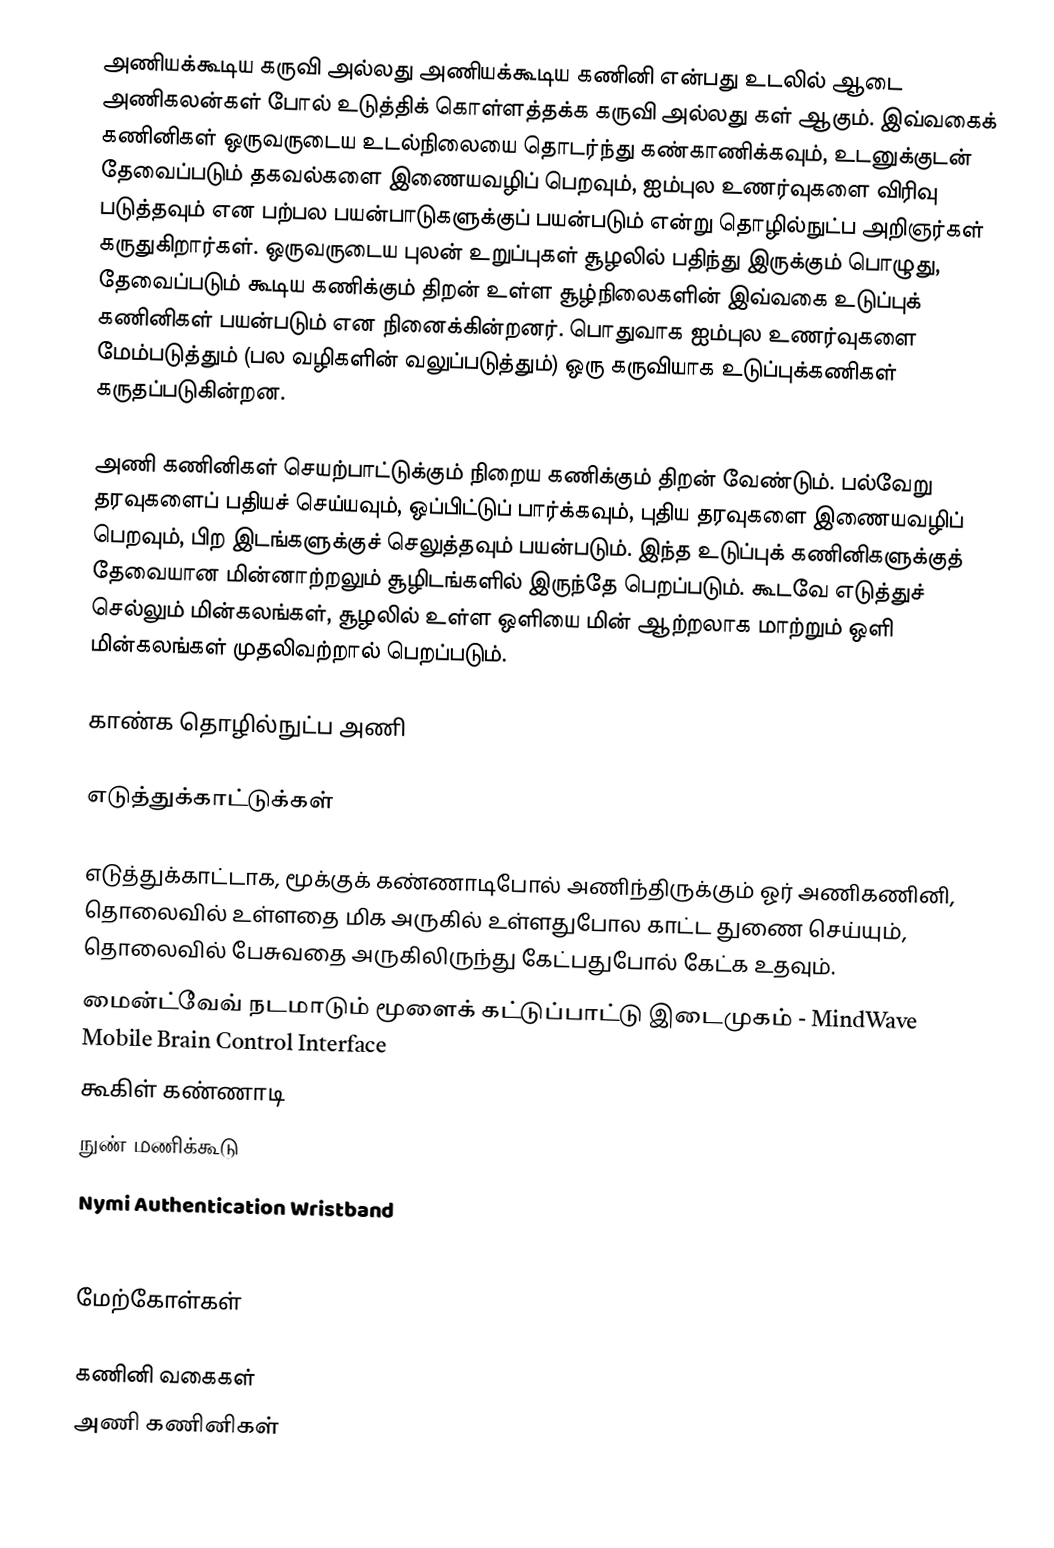
அணியக்கூடிய கருவி அல்லது அணியக்கூடிய கணினி என்பது உடலில் ஆடை அணிகலன்கள் போல் உடுத்திக் கொள்ளத்தக்க கருவி அல்லது கள் ஆகும். இவ்வகைக் கணினிகள் ஒருவருடைய உடல்நிலையை தொடர்ந்து கண்காணிக்கவும், உடனுக்குடன் தேவைப்படும் தகவல்களை இணையவழிப் பெறவும், ஐம்புல உணர்வுகளை விரிவு படுத்தவும் என பற்பல பயன்பாடுகளுக்குப் பயன்படும் என்று தொழில்நுட்ப அறிஞர்கள் கருதுகிறார்கள். ஒருவருடைய புலன் உறுப்புகள் சூழலில் பதிந்து இருக்கும் பொழுது, தேவைப்படும் கூடிய கணிக்கும் திறன் உள்ள சூழ்நிலைகளின் இவ்வகை உடுப்புக் கணினிகள் பயன்படும் என நினைக்கின்றனர். பொதுவாக ஐம்புல உணர்வுகளை மேம்படுத்தும் (பல வழிகளின் வலுப்படுத்தும்) ஒரு கருவியாக உடுப்புக்கணிகள் கருதப்படுகின்றன.

அணி கணினிகள் செயற்பாட்டுக்கும் நிறைய கணிக்கும் திறன் வேண்டும். பல்வேறு தரவுகளைப் பதியச் செய்யவும், ஒப்பிட்டுப் பார்க்கவும், புதிய தரவுகளை இணையவழிப் பெறவும், பிற இடங்களுக்குச் செலுத்தவும் பயன்படும். இந்த உடுப்புக் கணினிகளுக்குத் தேவையான மின்னாற்றலும் சூழிடங்களில் இருந்தே பெறப்படும். கூடவே எடுத்துச் செல்லும் மின்கலங்கள், சூழலில் உள்ள ஒளியை மின் ஆற்றலாக மாற்றும் ஒளி மின்கலங்கள் முதலிவற்றால் பெறப்படும்.

காண்க தொழில்நுட்ப அணி

எடுத்துக்காட்டுக்கள்

 எடுத்துக்காட்டாக, மூக்குக் கண்ணாடிபோல் அணிந்திருக்கும் ஓர் அணிகணினி, தொலைவில் உள்ளதை மிக அருகில் உள்ளதுபோல காட்ட துணை செய்யும், தொலைவில் பேசுவதை அருகிலிருந்து கேட்பதுபோல் கேட்க உதவும்.
 மைன்ட்வேவ் நடமாடும் மூளைக் கட்டுப்பாட்டு இடைமுகம் - MindWave Mobile Brain Control Interface
 கூகிள் கண்ணாடி
 நுண் மணிக்கூடு
 Nymi Authentication Wristband
 Heapsylon Sensoria Smart Sock Fitness Tracker

மேற்கோள்கள்

கணினி வகைகள்
அணி கணினிகள்